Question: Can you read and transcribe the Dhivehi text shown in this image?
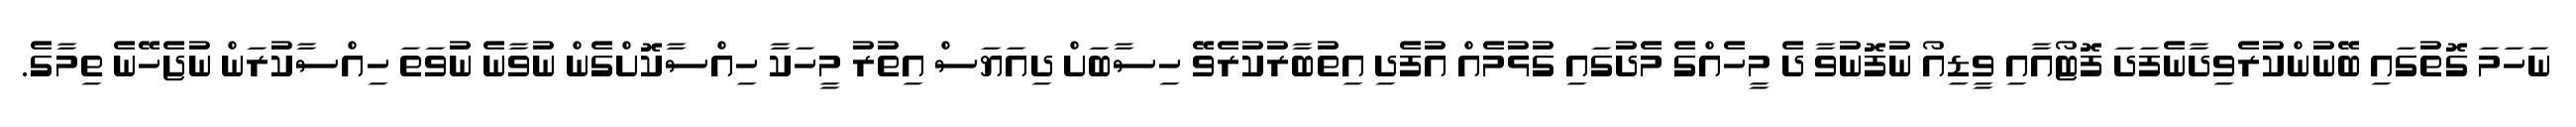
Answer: ނަހަމަ ގޮތުގައި ބޭނުންކުރެވިދާނެފަދަ ފޮޓޯއާއި ވީޑިއޯ ނުފޮނުވާ ދެ މީހެއްގެ މެދުގައި ގުޅުމެއް އުފެދި އިތުބާރުކުރެވޭ ހިސާބަށް ދިއަޔަސް އިތުރު މީހަކާ ހިއްސާކޮށްގެން ނުވާނެ ނުވަތަ ހިއްސާކުރަން ނުޖެހޭނެ ތިމާގެ.